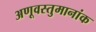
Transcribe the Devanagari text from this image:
अणूवस्तुमानांक